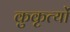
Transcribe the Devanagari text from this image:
कुकृत्‍यों